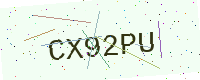
Text: CX92PU